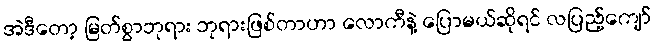
အဲဒီတော့ မြတ်စွာဘုရား ဘုရားဖြစ်တာဟာ လောကီနဲ့ ပြောမယ်ဆိုရင် လပြည့်ကျော်